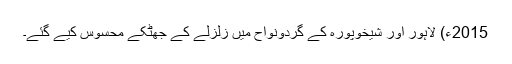
2015ء) لاہور اور شیخوپورہ کے گردونواح میں زلزلے کے جھٹکے محسوس کیے گئے۔